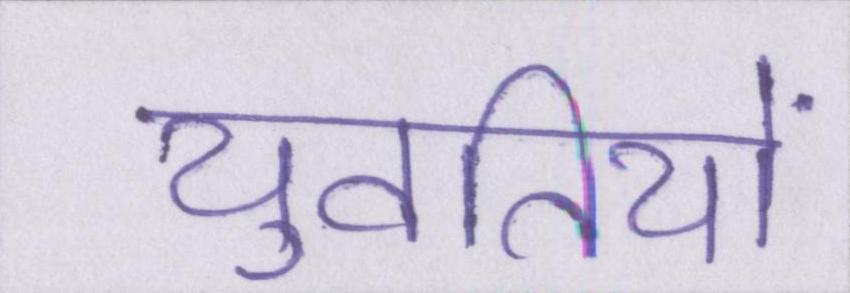
युवतियों